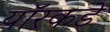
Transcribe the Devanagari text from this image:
यॉरकडे